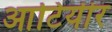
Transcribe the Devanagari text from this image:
आटियीर